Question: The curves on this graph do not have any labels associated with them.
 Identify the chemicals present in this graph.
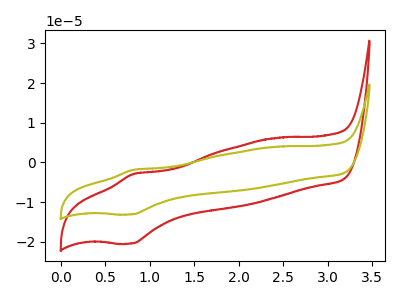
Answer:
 <answer>The red curve does not have a label. The olive curve does not have a label.</answer>
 <eval></eval>